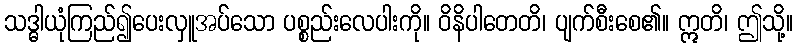
သဒ္ဓါယုံကြည်၍ပေးလှူအပ်သော ပစ္စည်းလေပါးကို။ ဝိနိပါတေတိ၊ ပျက်စီးစေ၏။ ဣတိ၊ ဤသို့။